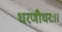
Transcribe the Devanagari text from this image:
धरणीधरः।।